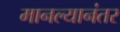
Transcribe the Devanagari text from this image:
मानल्यानंतर